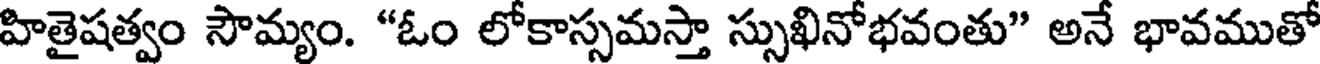
హితైషత్వం సౌమ్యం. "ఓం లోకాస్సమస్తా స్సుఖినోభవంతు" అనే భావముతో